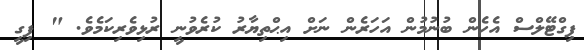
ޕިގްޓޭލްސް އެހެން ބުނުމުން އަހަރެން ނަށް އިޙްތިޔާރު ކުރެވުނީ ރުޅިވެރިކަމެވެ. " ޕިގީ